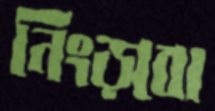
নিংড়বো